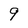
Character: 9